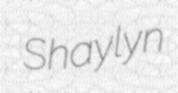
Shaylyn